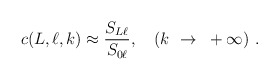
\begin{align*}c(L,\ell,k) \approx \frac{S_{L\ell}}{S_{0 \ell}} ,~~~(k~\rightarrow~+\infty)~.\end{align*}